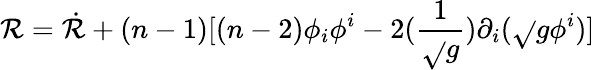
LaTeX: \mathcal{R}=\dot{{\mathcal{R}}}+(n-1)[(n-2)\phi_{i}\phi^{i}-2(\frac{{1}}{{\sqrt{}{{g}}}})\partial_{i}(\sqrt{}{{g}}\phi^{i})]